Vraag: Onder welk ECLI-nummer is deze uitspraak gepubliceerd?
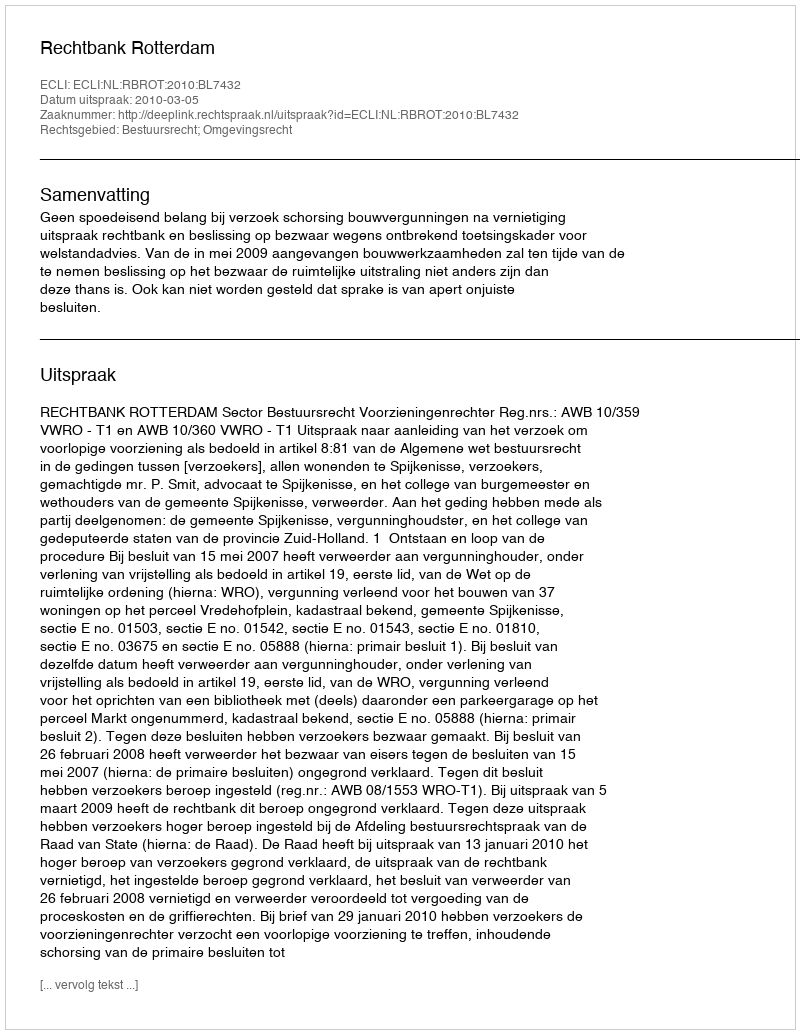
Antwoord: ECLI:NL:RBROT:2010:BL7432